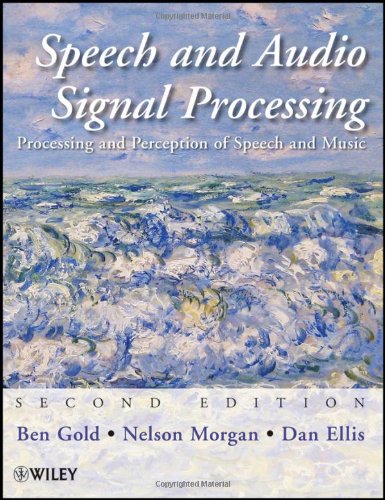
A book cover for Speech and Audio Signal Processing: Processing and Perception of Speech and Music; Ben Gold; Computers & Technology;